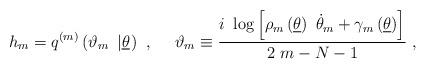
LaTeX: \begin{align*}h_{m}=q^{\left( m\right) }\left( \vartheta _{m}~\left\vert \underline{\theta }\right. \right) ~,~~~~\vartheta _{m}\equiv \frac{i~\log \left[ \rho_{m}\left( \underline{\theta }\right) ~\dot{\theta}_{m}+\gamma _{m}\left( \underline{\theta }\right) \right] }{2~m-N-1}~, \end{align*}